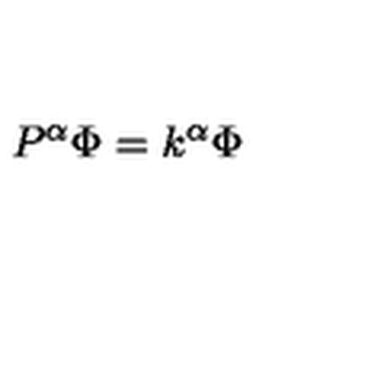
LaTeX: P ^ { \alpha } \Phi = k ^ { \alpha } \Phi